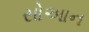
સોઆન